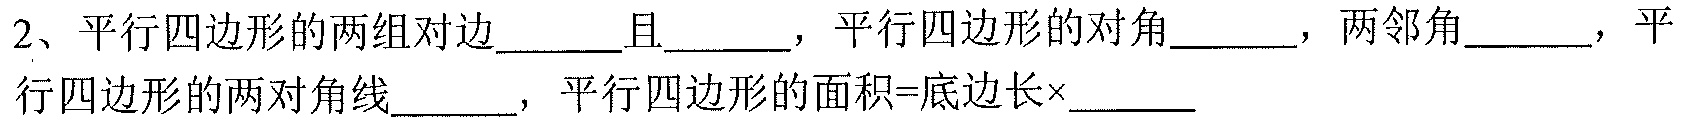
2、平行四边形的两组对边______且______，平行四边形的对角______，两邻角______，平行四边形的两对角线______，平行四边形的面积=底边长×______